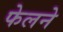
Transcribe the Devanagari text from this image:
फेलने